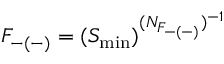
F _ { - ( - ) } = ( S _ { \mathrm { m i n } } ) ^ { ( N _ { F _ { - ( - ) } } ) ^ { - 1 } }